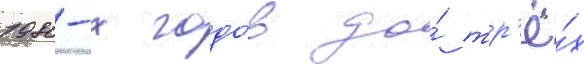
1980-х годо́в до́ тр'ё́х